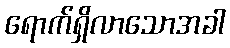
ရောက်ရှိလာသောအခါ